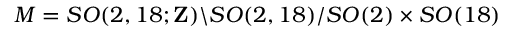
{ \cal M } = S O ( 2 , 1 8 ; { \bf Z } ) \backslash S O ( 2 , 1 8 ) / S O ( 2 ) \times S O ( 1 8 )